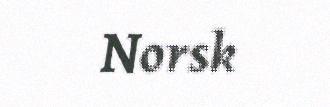
Norsk